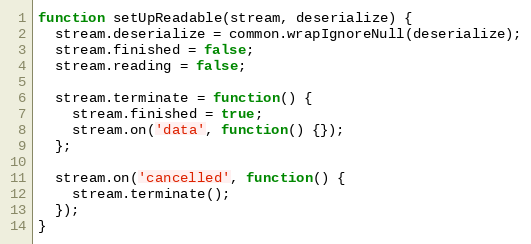
Language: JavaScript
function setUpReadable(stream, deserialize) {
  stream.deserialize = common.wrapIgnoreNull(deserialize);
  stream.finished = false;
  stream.reading = false;

  stream.terminate = function() {
    stream.finished = true;
    stream.on('data', function() {});
  };

  stream.on('cancelled', function() {
    stream.terminate();
  });
}